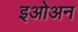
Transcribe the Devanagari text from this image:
इओअन